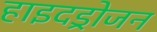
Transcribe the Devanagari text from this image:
हाइदड्रोजन